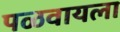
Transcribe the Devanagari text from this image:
पळवायला